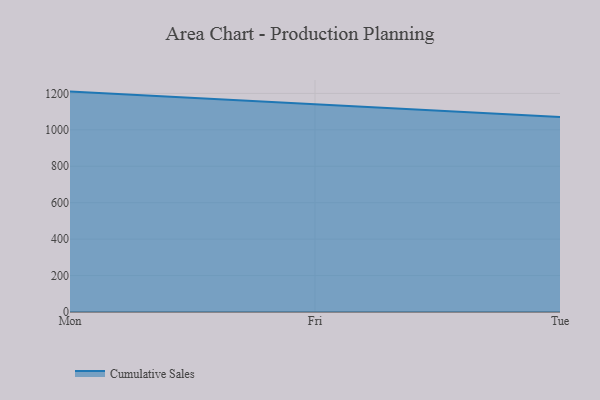
{"axis": {"x": "Day", "y": "Energy Usage (MWh)"}, "legend": ["Cumulative Sales"], "data": [{"x": "Mon", "y": 1210.0, "type": "Cumulative Sales"}, {"x": "Fri", "y": 1138.4, "type": "Cumulative Sales"}, {"x": "Tue", "y": 1070.2, "type": "Cumulative Sales"}]}